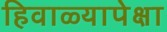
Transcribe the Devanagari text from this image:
हिवाळ्यापेक्षा